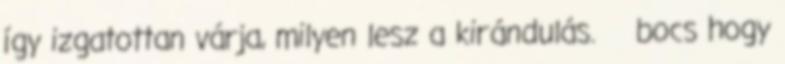
így izgatottan várja, milyen lesz a kirándulás. bocs hogy